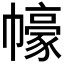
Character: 𱜸